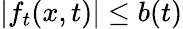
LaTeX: |f_{t}(x,t)|\leq b(t)